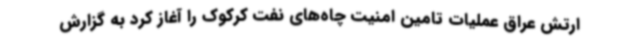
ارتش عراق عملیات تامین امنیت چاه‌های نفت کرکوک را آغاز کرد به گزارش